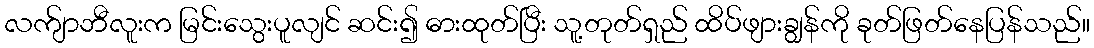
လက်ျာဘီလူးက မြင်းသွေးပူလျင် ဆင်း၍ ဓားထုတ်ပြီး သူ့တုတ်ရှည် ထိပ်ဖျားချွန်ကို ခုတ်ဖြတ်နေပြန်သည်။